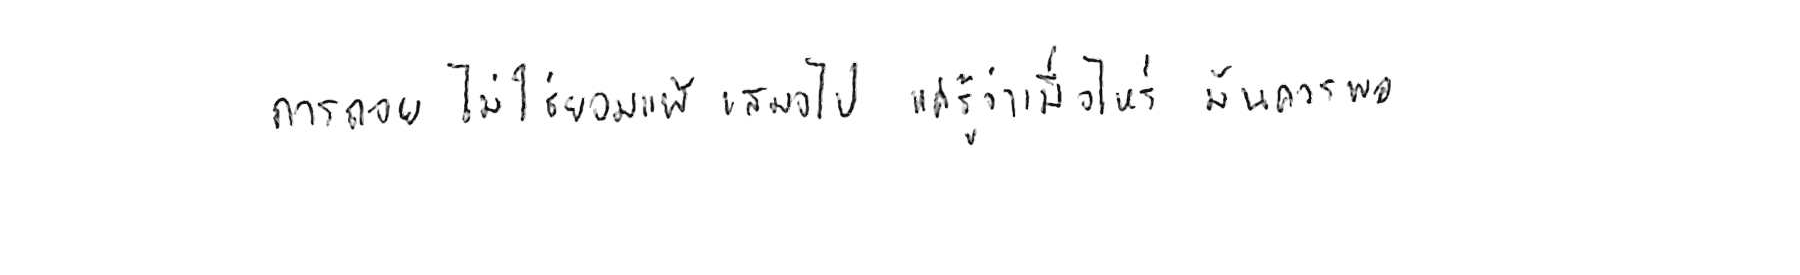
การถอย ไม่ใช่ยอมแพ้ เสมอไป แค่รู้ว่าเมื่อไหร่ มันควรพอ